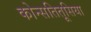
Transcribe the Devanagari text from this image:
कोन्सतितूसिया